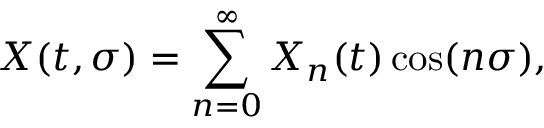
X ( t , \sigma ) = \sum _ { n = 0 } ^ { \infty } X _ { n } ( t ) \cos ( n \sigma ) ,